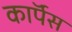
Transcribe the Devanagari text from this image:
काॅर्पस